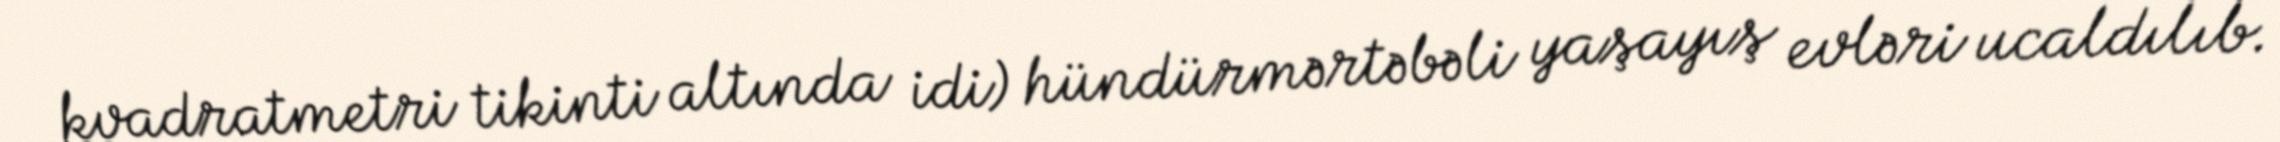
kvadratmetri tikinti altında idi) hündürmərtəbəli yaşayış evləri ucaldılıb.